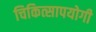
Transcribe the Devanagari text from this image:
चिकित्सापयोगी